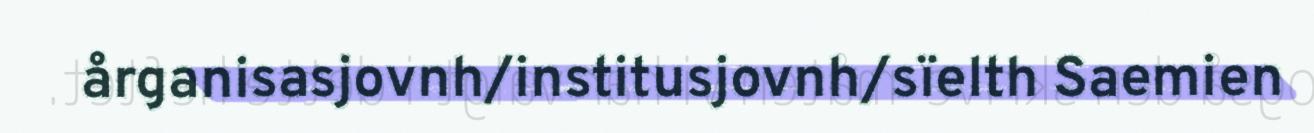
årganisasjovnh/institusjovnh/sïelth Saemien